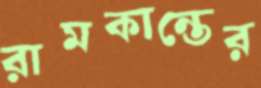
রামকান্তের